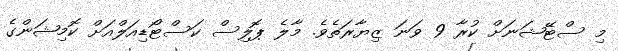
މި ސްޓޭޝަނަށް ކުރާ 9 ވަނަ ޒިޔާރަތެވެ. މާލެ ޕޮލިސް ކަސްޓޯޑިއަލްއަށް ކޮމިޝަންގެ